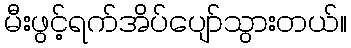
မီးဖွင့်ရက်အိပ်ပျော်သွားတယ်။